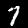
Label: 7